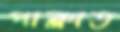
পাক্‌লাত